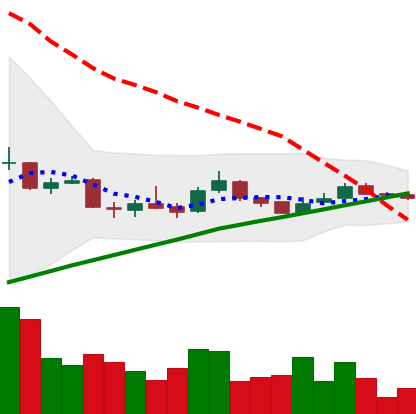
Ticker: LTC-USD
Chart end date: 2015-09-27
Forward return: 4.251%
Label: up_3_5